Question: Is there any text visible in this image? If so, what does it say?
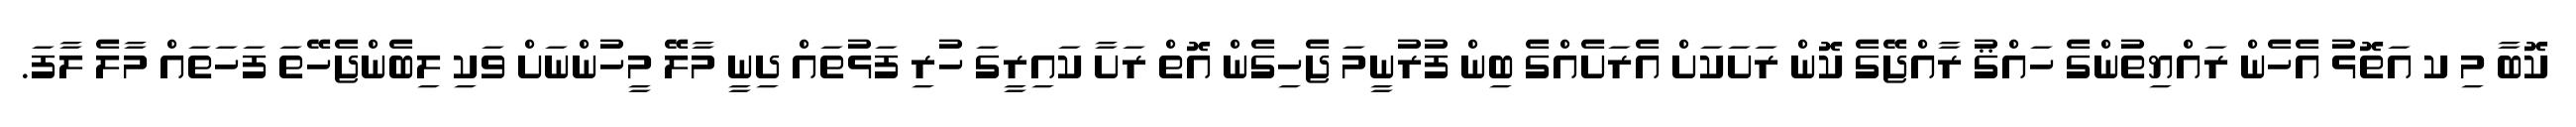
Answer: ކޮބާ މި ކ އަތޮޅު އެހެން ރައްޔިތުންގެ ހައްޤު ރާއްޖޭގެ ކޮން ރަށަކަށް އެރަށެއްގެ ބިން ފުރުނީމަ ޖެހިގެން އޮތް ރަށާ ކައިރީގަ ހުރި ފަޅުތައް ދިނީ މާލޭ މީހުންނަށް ވަކި ލިބެންޖެހޭތަ ފަހަތައް މާލެ ލާފަ.